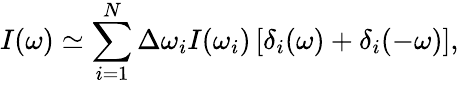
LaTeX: I(\omega)\simeq\sum_{i=1}^{N}\Delta\omega_{i}I(\omega_{i})\left[\delta_{i}(\omega)+\delta_{i}(-\omega)\right],